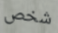
شخص